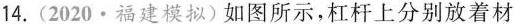
14. (2020·福建模拟)如图所示，杠杆上分别放着材